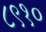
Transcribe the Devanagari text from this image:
८९१०